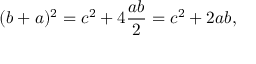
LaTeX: ( b + a ) ^ { 2 } = c ^ { 2 } + 4 { \frac { a b } { 2 } } = c ^ { 2 } + 2 a b ,